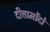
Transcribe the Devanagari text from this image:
दीत्तामोंदो